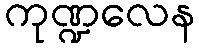
ကုဏ္ဍလေန